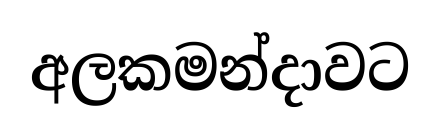
අලකමන්දාවට